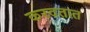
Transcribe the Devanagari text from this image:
करवतात